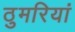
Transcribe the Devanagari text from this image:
ठुमरियां